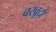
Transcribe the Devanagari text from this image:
बखूदों